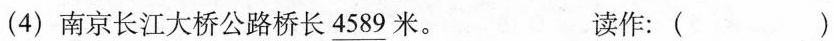
(4) 南京长江大桥公路桥长\underline{4589}米。 读作：()